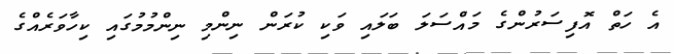
އެ ހަތް އޮފިސަރުންގެ މައްސަލަ ބަލައި ވަކި ކުރަން ނިންމި ނިންމުމުގައި ކިހާވަރެއްގެ